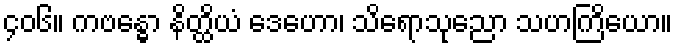
၄၀၆။ ကဗန္ဓော နိတ္ထိယံ ဒေဟော၊ သိရောသုညော သဟကြိယော။